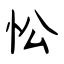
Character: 忪